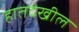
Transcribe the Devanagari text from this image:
हातदेखील